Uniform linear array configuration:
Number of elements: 12
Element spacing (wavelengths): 0.25
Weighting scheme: hamming
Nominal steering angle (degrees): -15
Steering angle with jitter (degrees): -15.008
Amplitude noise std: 0.05
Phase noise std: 0.05

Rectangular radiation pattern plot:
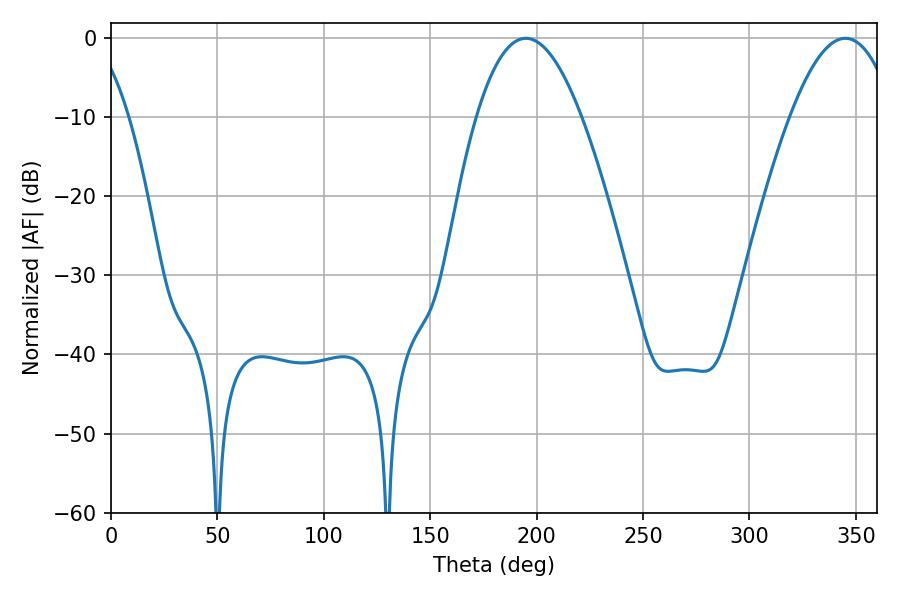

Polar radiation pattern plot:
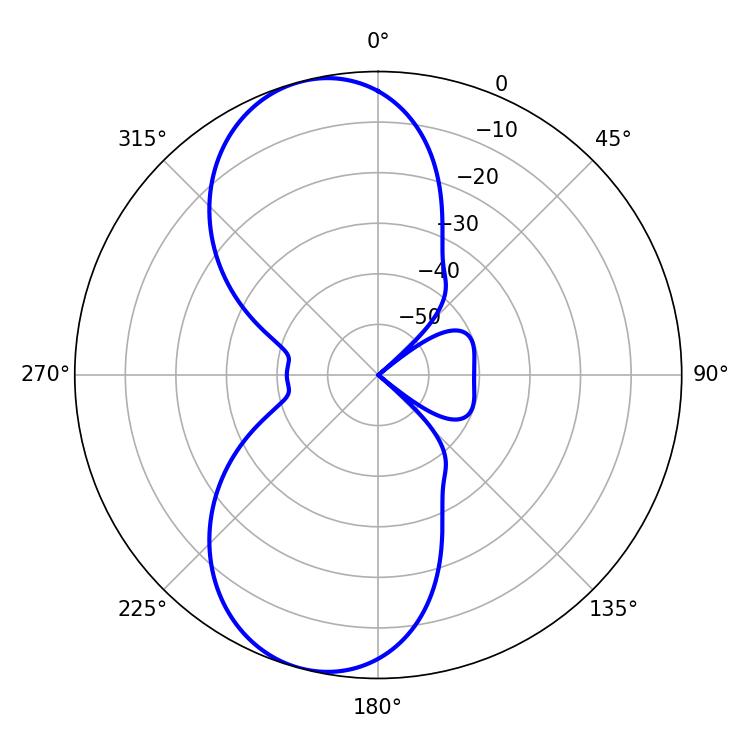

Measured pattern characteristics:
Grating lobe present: FALSE
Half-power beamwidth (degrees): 27.18
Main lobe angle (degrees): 194.94